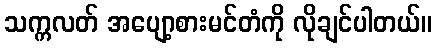
သက္ကလတ် အပျော့စားမင်တံကို လိုချင်ပါတယ်။